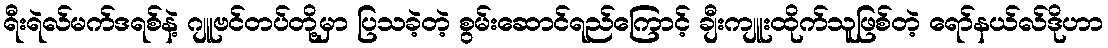
ရီးရဲလ်မက်ဒရစ်နဲ့ ဂျူဗင်တပ်တို့မှာ ပြသခဲ့တဲ့ စွမ်းဆောင်ရည်ကြောင့် ချီးကျူးထိုက်သူဖြစ်တဲ့ ရော်နယ်လ်ဒိုဟာ